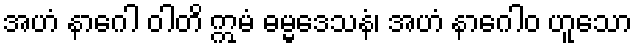
အဟံ နာဂေါ ဝါတိ ဣမံ ဓမ္မဒေသနံ၊ အဟံ နာဂေါဝ ဟူသော